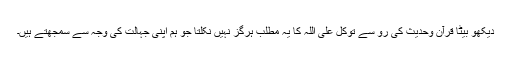
دیکھو بیٹا قرآن وحدیث کی رو سے توکل علی اللہ کا یہ مطلب ہرگز نہیں نکلتا جو ہم اپنی جہالت کی وجہ سے سمجھتے ہیں۔